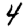
Digit: 4